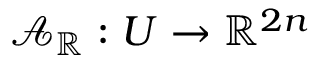
\mathcal { A } _ { \mathbb { R } } : U \to \mathbb { R } ^ { 2 n }